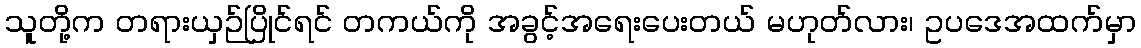
သူတို့က တရားယှဉ်ပြိုင်ရင် တကယ်ကို အခွင့်အရေးပေးတယ် မဟုတ်လား၊ ဥပဒေအထက်မှာ